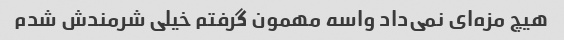
هیچ مزه‌ای نمی‌داد واسه مهمون گرفتم خیلی شرمندش شدم